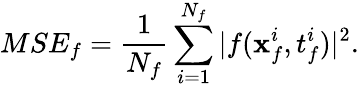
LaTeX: MSE_{f}=\frac{1}{N_{f}}\sum_{i=1}^{N_{f}}|f(\mathbf{x}_{f}^{i},t_{f}^{i})|^{2}.